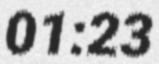
01:23